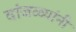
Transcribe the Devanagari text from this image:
वांजळ्यांनी